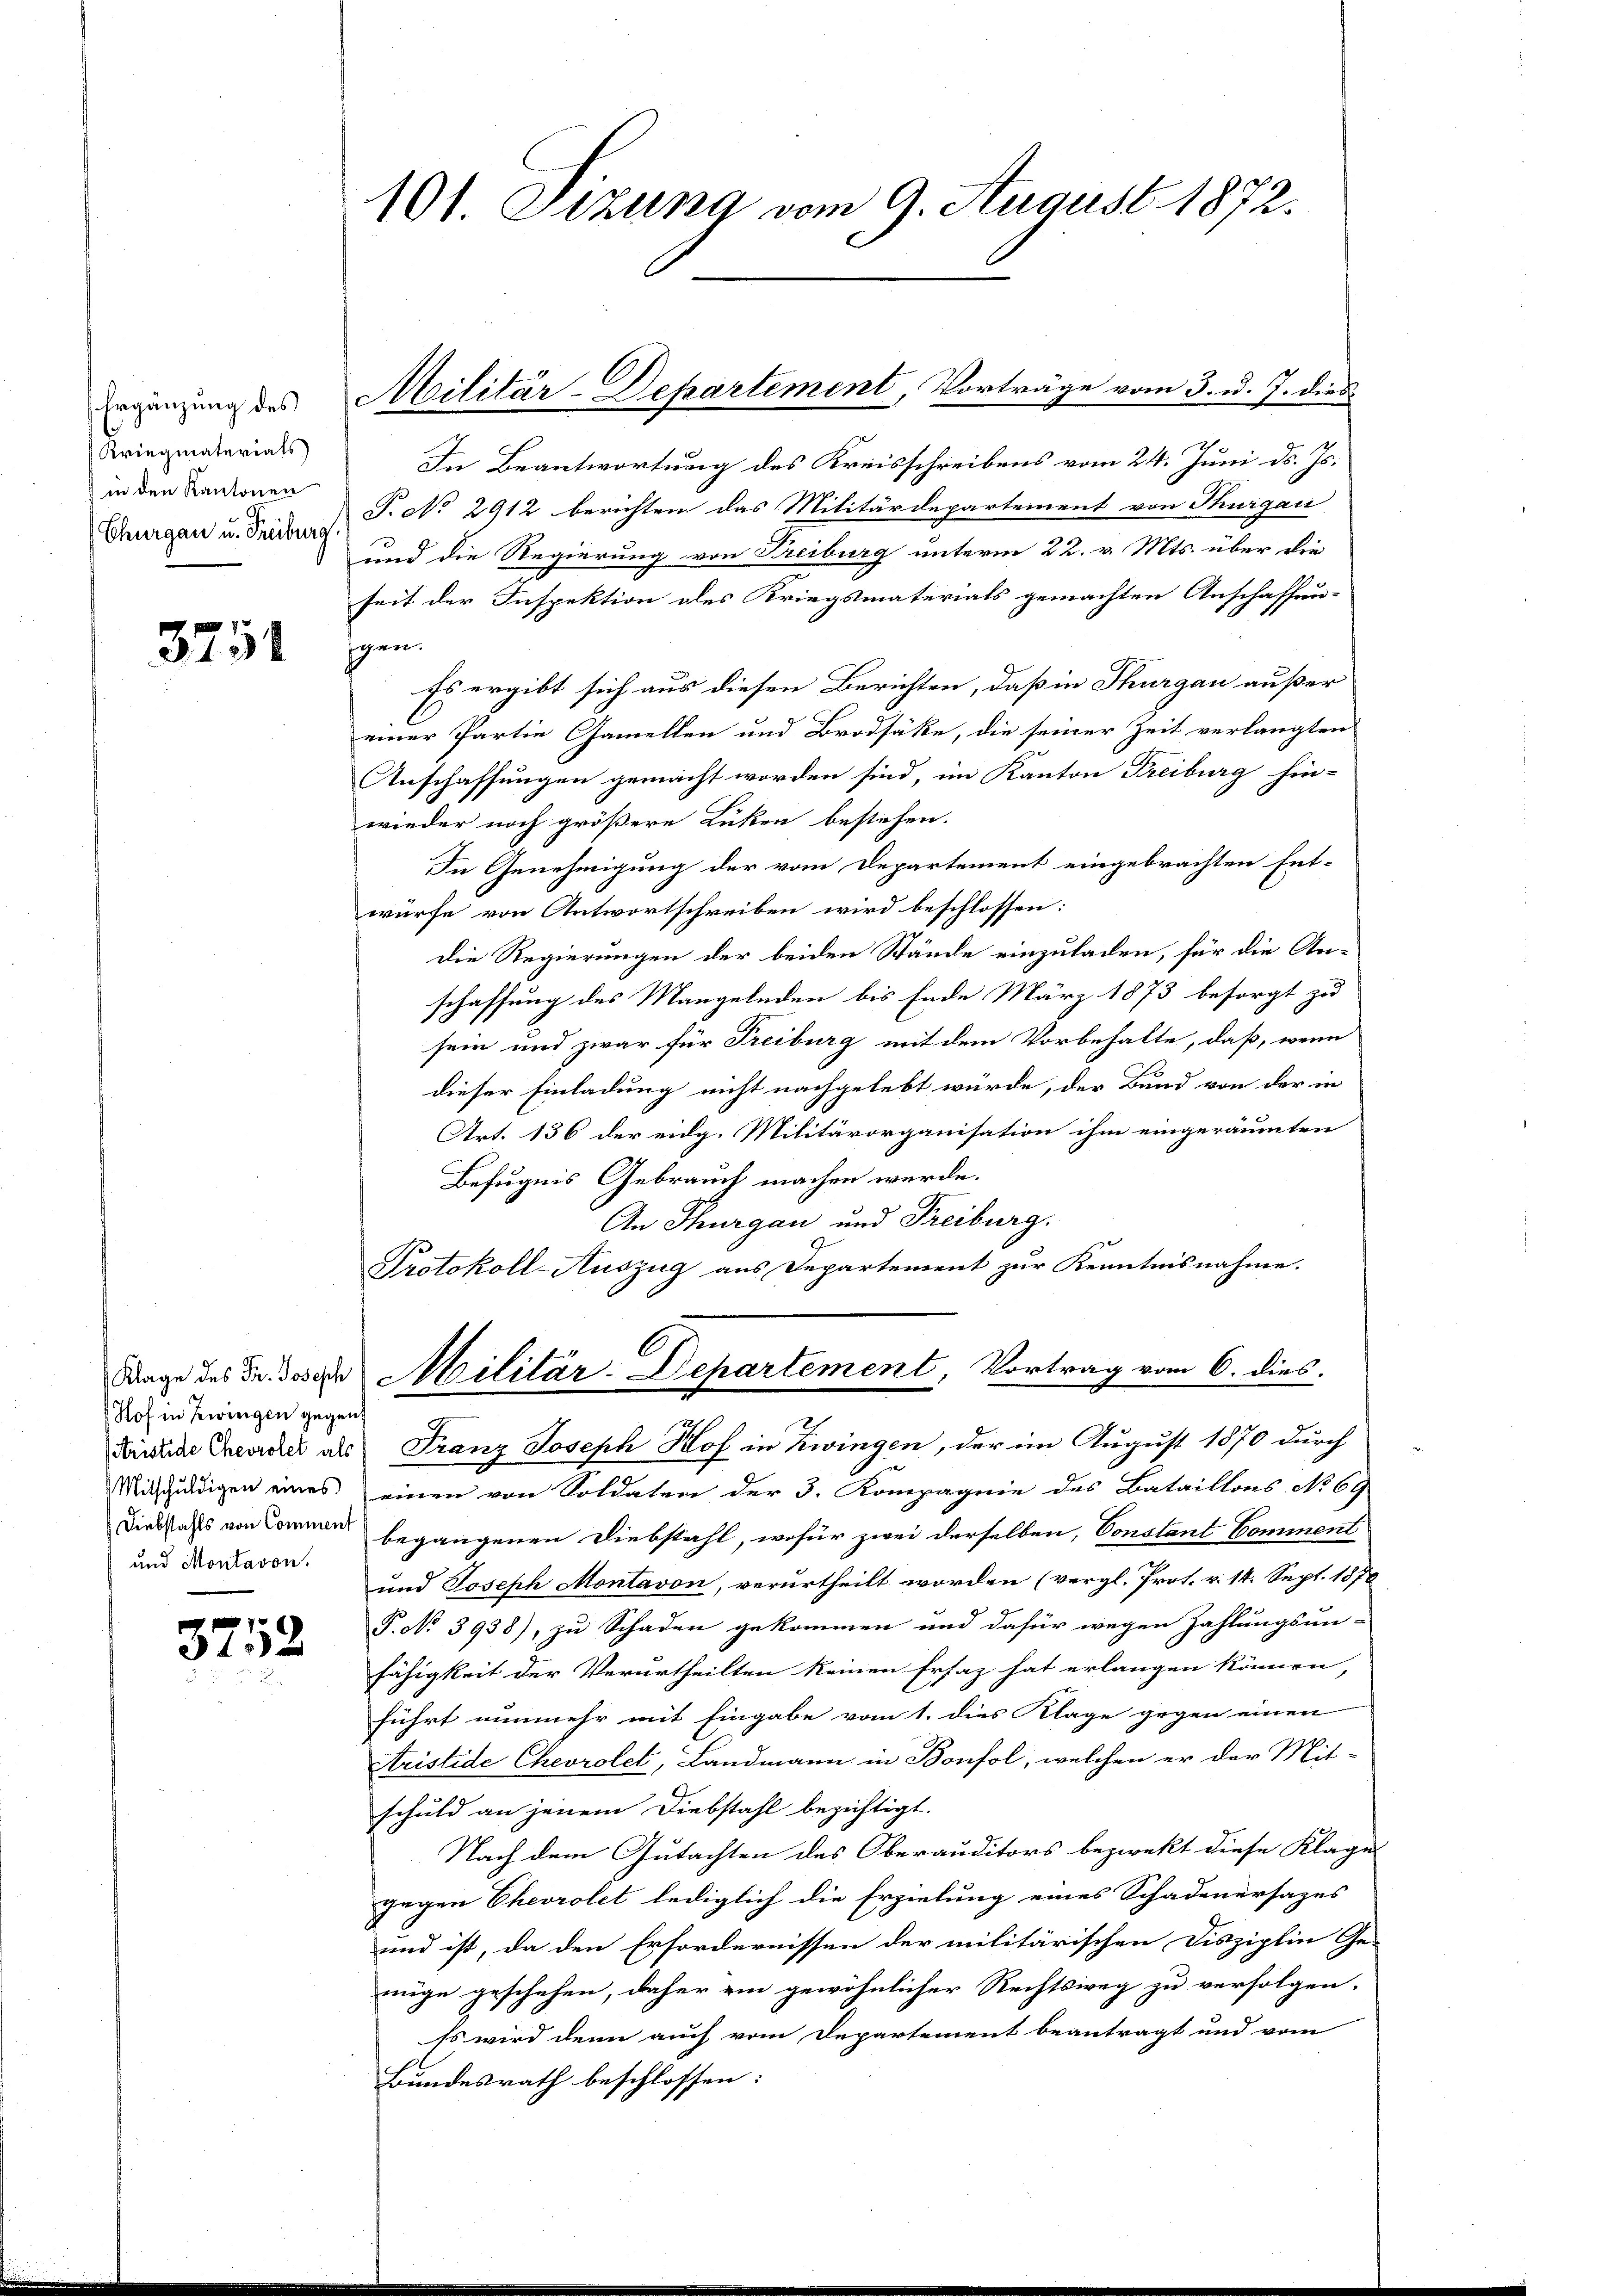
Ergänzung des
Kriegmaterials)
in den Kantonen
Thurgau u. Freiburg

3751

Hof in Zwingen gegen
(tristide Chevrolet als
und Montavon.

3752

101. Stzung vom 9. August 1872.

Militär-Departement, Vorträge vom 3. u. J. dies

In Beantwortung des Kreisschreibens vom 24. Juni d. Js.
T. No 2912 berichten das Militärdepartement von Thurgau
und die Regierung von Freiburg unterm 22. v. Mts. über die
seit der Inspektion des Kriegsmaterials gemachten Anschaffun-
gen.
Es ergibt sich aus diesen Berichten, daß in Thurgau außer
einer Partie Gamellen und Brodsäke, die seiner Zeit verlangten
Anschaffungen gemacht worden sind, im Kanton Freiburg hinwieder noch größere Lücken bestehen.
In Genehmigung der vom Departement eingebrachten Ent-
würfe von Antwortschreiben wird beschlossen:
Die Regierungen der beiden Stände einzuladen, für die An-
schaffung des Mangelnden bis Ende März 1873 besorgt zu
sein und zwar für Freiburg mit dem Vorbehalte, daß, wenn
dieser Einladung nicht nachgelebt würde, der Bund von der in
Art. 136 der eidg. Militärorganisation ihm eingeräumten
Befugnis Gebrauch machen würde.
An Thurgau und Freiburg.
Protokoll-Auszug aus Departement zur Kenntnisnahme.
Wage des Dr. Josere Militär-Departement, Vortrag vom 6. dies
Franz Joseph Kof in Zwingen, der im August 1870 durch
Mitschuldigen eines einen von Soldaten der 3. Kompagnie des Bataillons No 69
Diebstahls von Commen begangenen Diebstahl, wofür zwei derselben, Constant Comment
und Joseph Montavon, verurtheilt worden (vergl. Prot. v. 14. Sept. 1878
P. No 3938), zu Schaden gekommen und dafür wegen Zahlungsun-
fähigkeit der Verurtheilten keinen Ersatz hat erlangen können,
führt nunmehr mit Eingabe vom 1. dies Klage gegen einen
Aristide Chevrolet, Landmann in Bonfol, welchen er der Mit-
schuld an jenem Diebstahl bezichtigt.
Nach dem Gutachten des Oberauditors bezwekt diese Klage
gegen Chevrolet lediglich die Erzielung eines Schadenersazes
und ist, da den Erfordernissen der militärischen Disziplin Ge-
nüge geschehen, daher ein gewöhnlicher Rechtsweg zu verfolgen.
so wird denn auch vom Departement beantragt und vom
Bundesrath beschlossen: